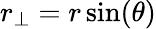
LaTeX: r_{\perp}=r\sin(\theta)